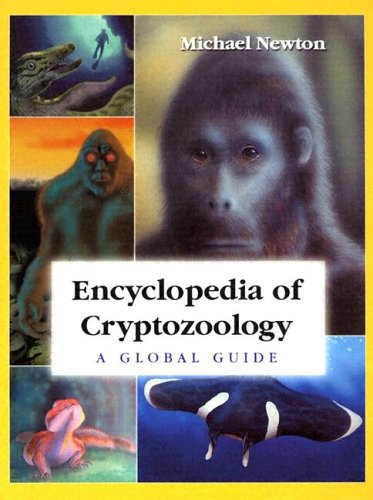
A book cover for Encyclopedia of Cryptozoology: A Global Guide to Hidden Animals and Their Pursuers; Michael Newton; Reference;